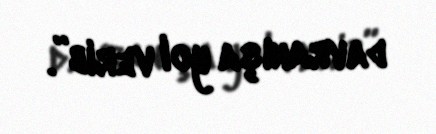
davranışa yol verib”.